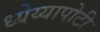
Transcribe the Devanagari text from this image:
ध्‍येय्यापोटी